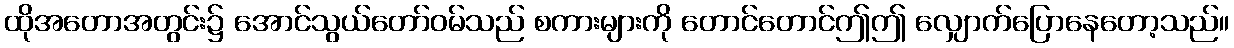
ထိုအတောအတွင်း၌ အောင်သွယ်တော်ဝမ်သည် စကားများကို တောင်တောင်ဤဤ လျှောက်ပြောနေတော့သည်။